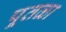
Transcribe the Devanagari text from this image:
पूतळा